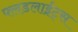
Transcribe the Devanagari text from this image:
फ्लडलाईट्स